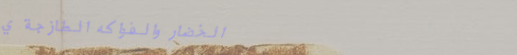
الخضار والفواكه الطازجة ي